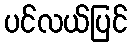
ပင်လယ်ပြင်